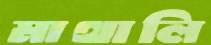
মাথালি